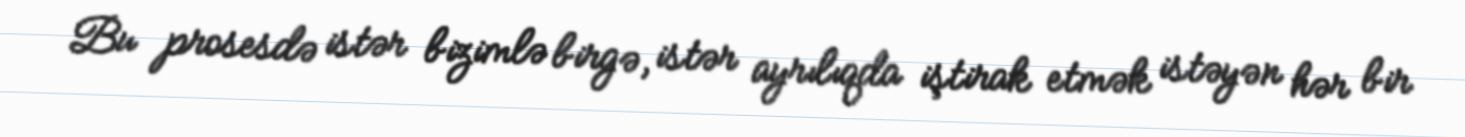
Bu prosesdə istər bizimlə birgə, istər ayrılıqda iştirak etmək istəyən hər bir